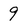
Character: 9